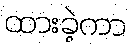
ထားခဲ့ကာ